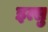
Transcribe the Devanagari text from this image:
इत्सु